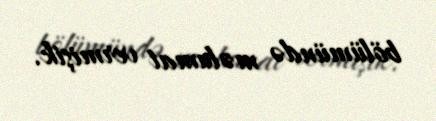
bölümündə məlumat vermişik.